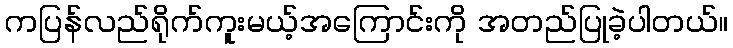
ကပြန်လည်ရိုက်ကူးမယ့်အကြောင်းကို အတည်ပြုခဲ့ပါတယ်။